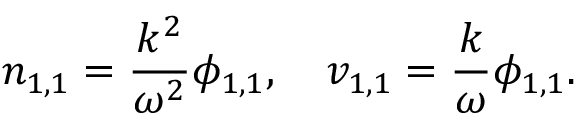
n _ { 1 , 1 } = \frac { k ^ { 2 } } { \omega ^ { 2 } } \phi _ { 1 , 1 } , \quad v _ { 1 , 1 } = \frac { k } { \omega } \phi _ { 1 , 1 } .